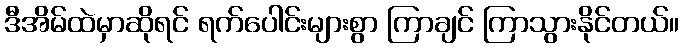
ဒီအိမ်ထဲမှာဆိုရင် ရက်ပေါင်းများစွာ ကြာချင် ကြာသွားနိုင်တယ်။